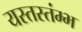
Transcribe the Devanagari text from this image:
यस्तस्तंम्भ